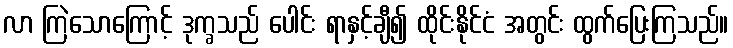
လာ ကြဲသောကြောင့် ဒုက္ခသည် ပေါင်း ရာနှင့်ချီ၍ ထိုင်းနိုင်ငံ အတွင်း ထွက်ပြေးကြသည်။